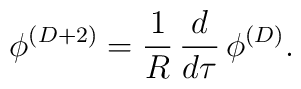
\phi^{(D+2)}={1 \over R} \, { d \over d\tau}\, \phi^{(D)}.